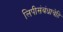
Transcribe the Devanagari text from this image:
लिपीसंबंधाचेहि